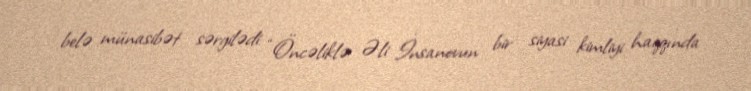
belə münasibət sərgilədi: “Öncəliklə Əli İnsanovun bir siyasi kimliyi haqqında